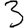
Digit: 3